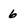
Character: 6